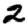
Digit: 2